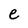
Character: e